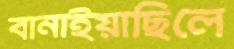
বানাইয়াছিলে